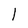
Character: 1